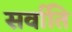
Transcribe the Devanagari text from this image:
सर्वाति